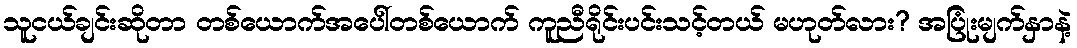
သူငယ်ချင်းဆိုတာ တစ်ယောက်အပေါ်တစ်ယောက် ကူညီရိုင်းပင်းသင့်တယ် မဟုတ်လား? အပြုံးမျက်နှာနဲ့